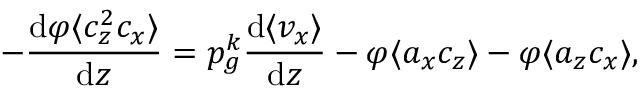
- \frac { \mathrm { d } \varphi \langle c _ { z } ^ { 2 } c _ { x } \rangle } { \mathrm { d } z } = p _ { g } ^ { k } \frac { \mathrm { d } \langle v _ { x } \rangle } { \mathrm { d } z } - \varphi \langle a _ { x } c _ { z } \rangle - \varphi \langle a _ { z } c _ { x } \rangle ,